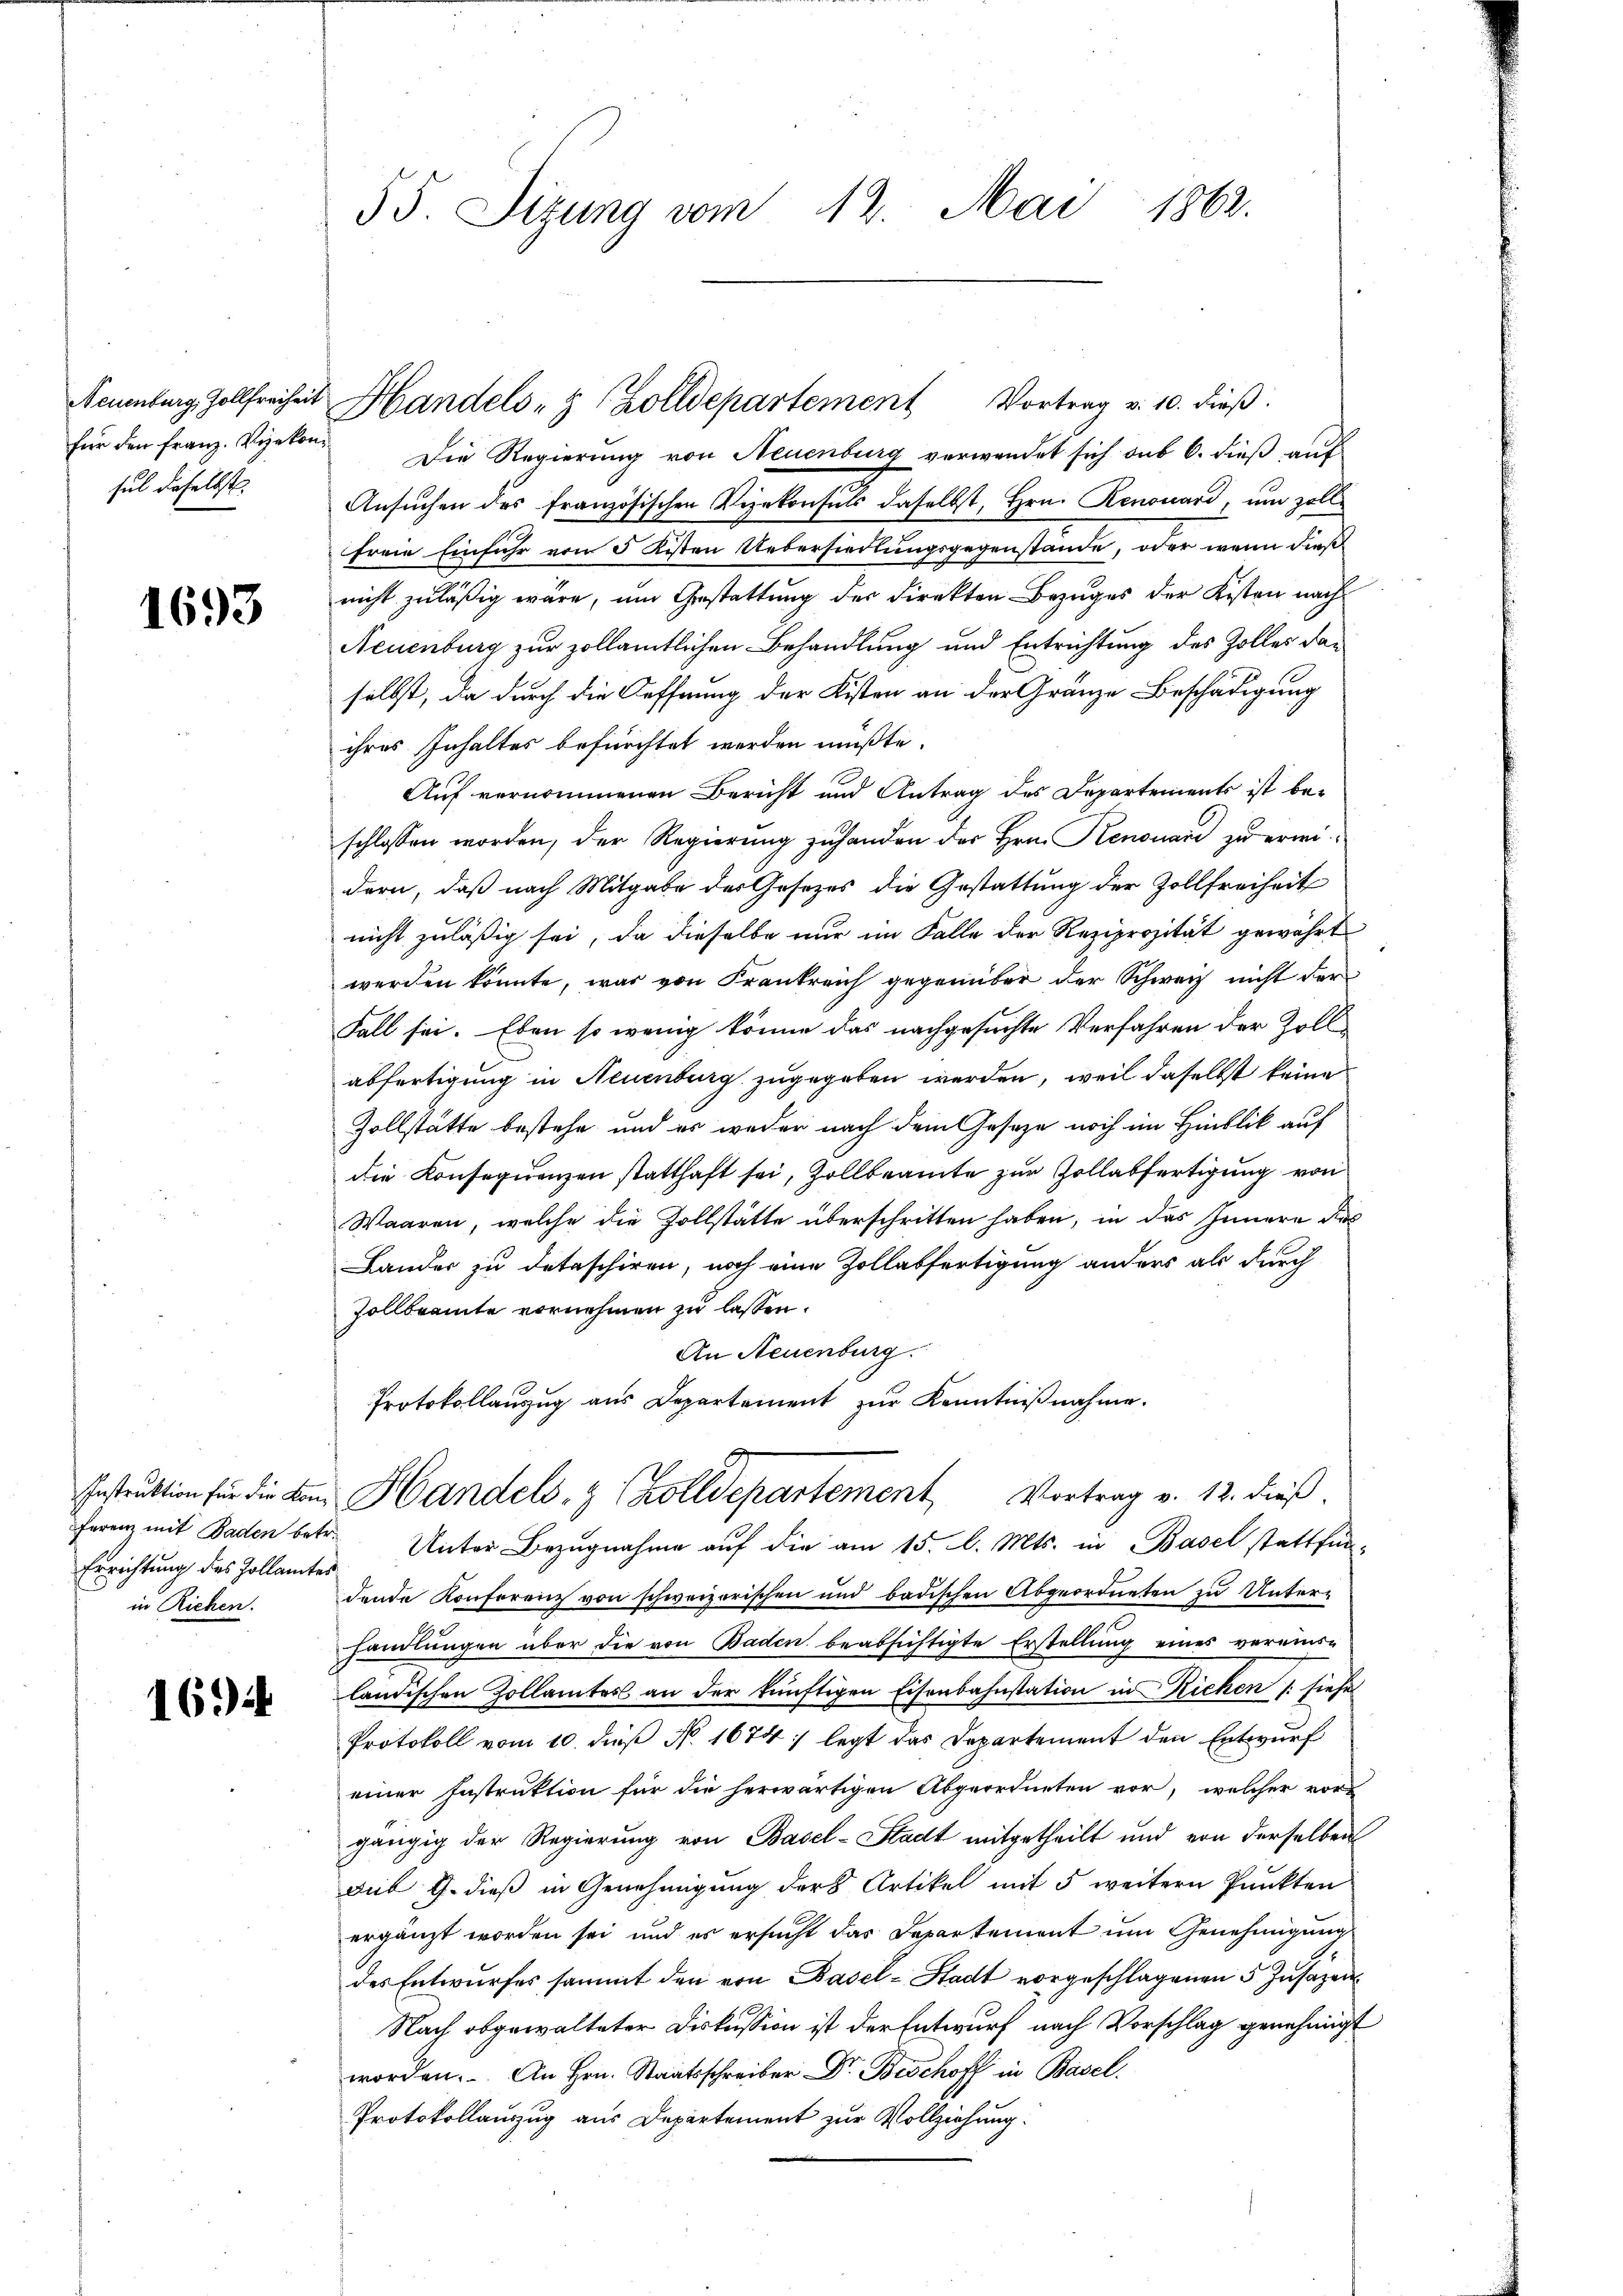
für den Franz. Vizekonsul dieselbst.

1693

Errichtung des Zollamtes
in Richen.

1694

Die Regierung von Neuenburg verwendet sich sub 6. dieß auf
Ansuchen des französischen Vizekonsuls daselbst, Hrn. Renouard, um zolle
freie Einfuhr von 3 Kosten Uebersiedlungsgegenstände, oder wenn dieß
nicht zuläßig wäre, um Gestattung der Direkten Bezuges der Kisten nach
Neuenburg zur zollämtlichen Behandlung und Entrichtung des Zolles daselbst, da durch die Hoffnung der Kisten an der Gränze Beschädigung
ihres Inhaltes befürchtet werden müßte.
Auf vernommenen Bericht und Antrag des Departements ist beschlossen worden, der Regierung zuhanden des Hrn. Kenouard zu erwidern, daß nach Mitgabe der Gesetzes die Gestattung der Zollfreiheit
nicht zuläßig sei, da dieselbe nur im Falle der Reziprozität gewährt
werden könnte, was von Frankreich gegenüber der Schweiz nicht der
Fall sei. Eben so wenig könne das nachgesuchte Verfahren der Zollabfertigung in Neuenburg zugegeben werden, weil daselbst keine
Zollstatte bestehe und es weder nach dem Gesetze noch im Hinblik auf
die Konsequenzen statthaft sei, Zollbeamte zur Zollabfertigung von
Waaren, welche die Zollstätte überschritten haben; in das Innere des
Lander zu detaschiren, noch eine Zollabfertigung anders als durch
Zollbeamte vornehmen zu lassen.
An Neuenburg.
Protokollauszug aus Departement zŭr Kenntniβnahme.

55. Sizung vom 12. Mai 1862.

Naumburg, Zollfreiheit Handels- & Zolldepartement Vortrag v. 10. dieβ.

Instruktion für die von Handels- & Zolldepartement Vortrag v. 12. dieß.

ferenz mit Baden betr. Unter Bezugnahme auf die am 15. d. Mts. in Basel stattfindende Konferenz von schweizerischen und badischen Abgeordneten zu Unterhandlungen über die von Baden beabsichtigte Erstellung eines vereinsländischen Zollamtes an der künftigen Eisenbahnstation in Richen 1. siehe
Protokoll vom 10. daß No. 1674; legt das Departement den Entwurf
einer Instruktion für die herwärtigen Abgeordneten vor, welcher vor
gängig der Regierung von Basel-Stadt mitgetheilt und von derselben
sub 9. dieß in Genehmigung der Artikel mit 5 weitern Punkten
ergänzt worden sei, und es ersucht das Departement um Genehmigung
des Entwŭrfes sammt den von Basel-Stadt vorgeschlagenen 5 Zusagen
Nach obgewalteter Diskussion ist der Entwurf nach Vorschlag genehmigt
worden. An Hrn. Staatsschreiber Dr. Beschoff in Basel.
Protokollauszug aus Departement zur Vollziehung.